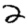
Digit: 2